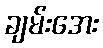
ချမ်းအေး